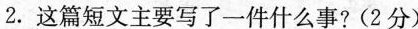
2.这篇短文主要写了一件什么事?(2分)